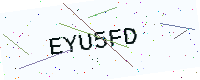
Text: EYU5FD